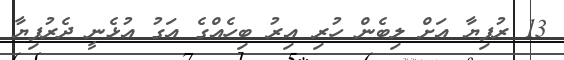
13 ރުފިޔާ އަށް ލިބެން ހުރި އިރު ބިހެއްގެ އަގު އުޅެނީ ދެރުފިޔާ